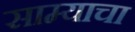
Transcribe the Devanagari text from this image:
साम्याचा